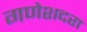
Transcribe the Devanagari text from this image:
गणेशदरा